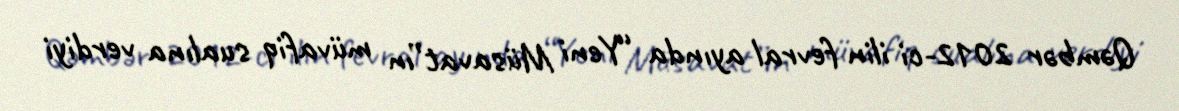
Qəmbər 2012-ci ilin fevral ayında “Yeni Müsavat”ın müvafiq sualına verdiyi